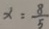
x = \frac { 8 } { 5 }